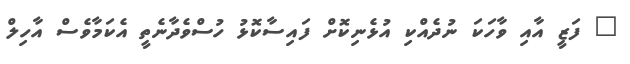
" ފަޒީ އާއި ވާހަކަ ނުދެއްކި އުޅެނިކޮށް ފައިސާކޮޅު ހުސްވެދާނެތީ އެކަމާވެސް އާހިލް